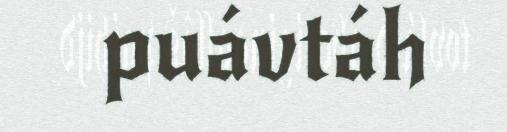
puávtáh